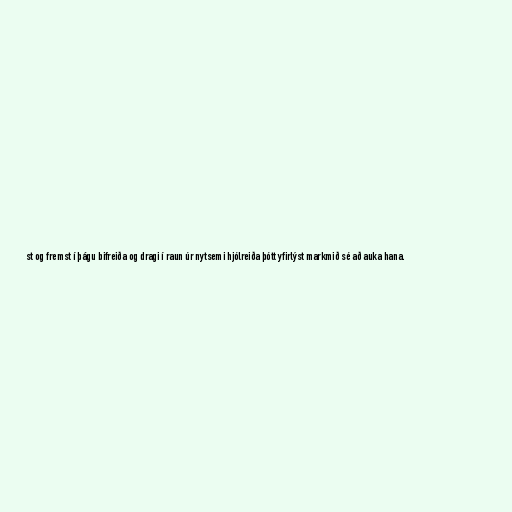
st og fremst í þágu bifreiða og dragi í raun úr nytsemi hjólreiða þótt yfirlýst markmið sé að auka hana.